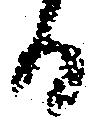
る